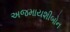
અજમાયશીબોન